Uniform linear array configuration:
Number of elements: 4
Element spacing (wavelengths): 0.5
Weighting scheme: exponential
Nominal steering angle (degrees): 0
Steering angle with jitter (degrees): -0.3843
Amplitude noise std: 0.05
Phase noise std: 0.05

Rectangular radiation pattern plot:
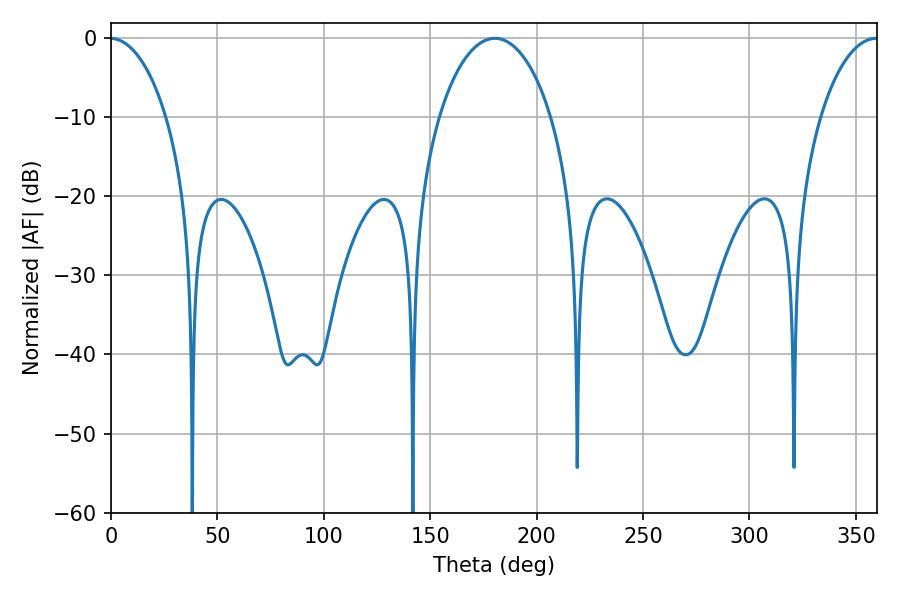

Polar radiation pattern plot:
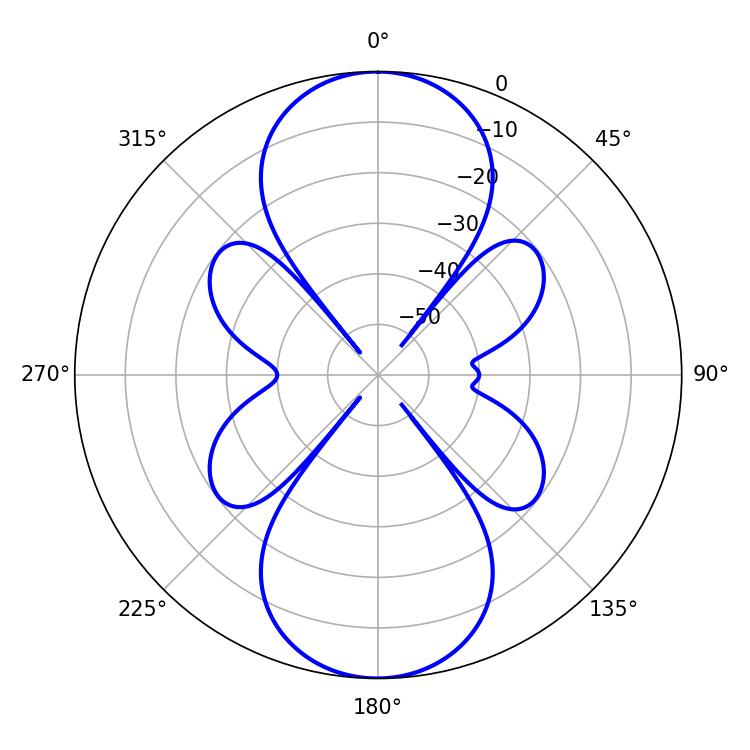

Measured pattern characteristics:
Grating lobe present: FALSE
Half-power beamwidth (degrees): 30.06
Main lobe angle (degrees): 180.36